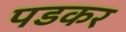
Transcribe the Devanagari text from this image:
पडकर